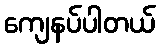
ကျေနပ်ပါတယ်